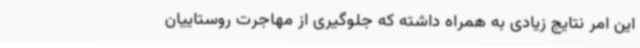
این امر نتایج زیادی به همراه داشته که جلوگیری از مهاجرت روستاییان